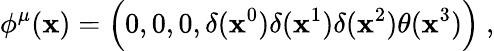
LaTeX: \phi^{\mu}(\mathbf{x})=\Bigl(0,0,0,\delta(\mathbf{x}^{0})\delta(\mathbf{x}^{1})\delta(\mathbf{x}^{2})\theta(\mathbf{x}^{3})\Bigr)\ ,